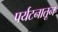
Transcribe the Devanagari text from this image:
पर्यटनातून